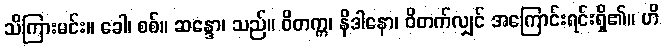
သိကြားမင်း။ ခေါ၊ စစ်။ ဆန္ဒော၊ သည်။ ဝိတက္က၊ နိဒါနော၊ ဝိတက်လျှင် အကြောင်းရင်းရှိ၏။ ဟိ